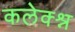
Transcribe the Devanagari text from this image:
कलेक्श्न